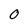
Character: O